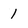
Character: 1